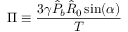
\Pi \equiv \frac { 3 \gamma \hat { P } _ { b } \hat { R } _ { 0 } \sin ( \alpha ) } { T }